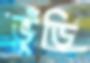
ভুঁড়ি